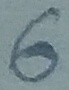
Text: 6